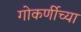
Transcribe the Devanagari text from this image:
गोकर्णीच्या